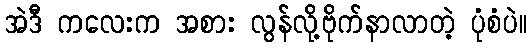
အဲဒီ ကလေးက အစား လွန်လို့ဗိုက်နာလာတဲ့ ပုံစံပဲ။